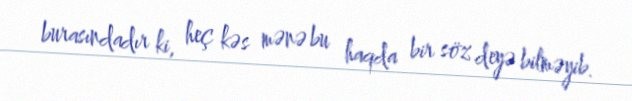
burasındadır ki, heç kəs mənə bu haqda bir söz deyə bilməyib.